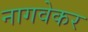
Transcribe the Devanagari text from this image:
नागवेकर